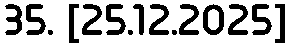
35. [25.12.2025]